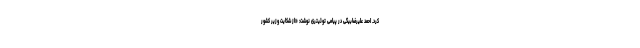
کرد. احمد علیرضابیگی در پیامی توئیتری نوشت: «‌از شکایت وزیر کشور